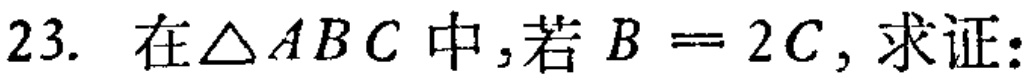
在$\triangle ABC$中，若$B = 2C$，求证: